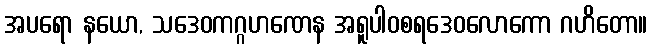
အပရော နယော, သဒေဝကဂ္ဂဟဏေန အရူပါဝစရဒေဝလောကော ဂဟိတော။